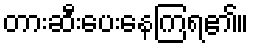
တားဆီးပေးနေကြရ၏။